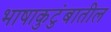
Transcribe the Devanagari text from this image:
भाषाकुटुंबातील